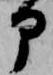
部